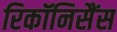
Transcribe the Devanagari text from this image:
रिकॉनिसैंस